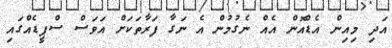
އަދި މިއިން އެޑްއޮން އެއް ނެގުމުން އެ ނަގާ ފަރާތަކަށް އަވަސް ސްޕީޑެއްގައި